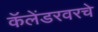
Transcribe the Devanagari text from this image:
कॅलेंडरवरचे